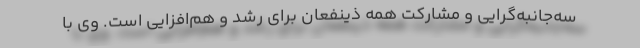
سه‌جانبه‌گرایی و مشارکت همه ذینفعان برای رشد و هم‌افزایی است. وی با